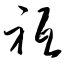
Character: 祗